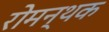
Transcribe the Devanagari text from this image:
रोमन्थक